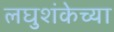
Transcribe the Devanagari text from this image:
लघुशंकेच्या